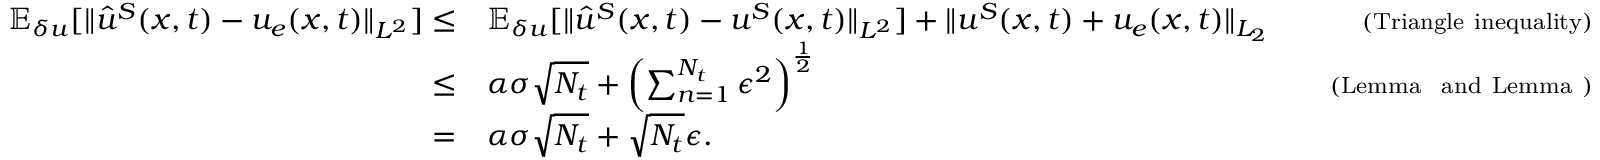
\begin{array} { r l r } { \mathbb { E } _ { \delta u } [ \| \hat { u } ^ { S } ( \boldsymbol { x } , t ) - u _ { e } ( \boldsymbol { x } , t ) \| _ { L ^ { 2 } } ] \le } & { \mathbb { E } _ { \delta u } [ \| \hat { u } ^ { S } ( \boldsymbol { x } , t ) - u ^ { S } ( \boldsymbol { x } , t ) \| _ { L ^ { 2 } } ] + \| u ^ { S } ( \boldsymbol { x } , t ) + u _ { e } ( \boldsymbol { x } , t ) \| _ { L _ { 2 } } } & { \quad { \scriptstyle ( \mathrm { T r i a n g l e ~ i n e q u a l i t y } ) } } \\ { \le } & { \alpha \sigma \sqrt { N _ { t } } + \left( \sum _ { n = 1 } ^ { N _ { t } } \epsilon ^ { 2 } \right) ^ { \frac { 1 } { 2 } } } & { \quad { \scriptstyle ( \mathrm { L e m m a ~ ~ a n d ~ L e m m a ~ } ) } } \\ { = } & { \alpha \sigma \sqrt { N _ { t } } + \sqrt { N _ { t } } \epsilon . } & \end{array}